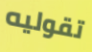
تقوليه